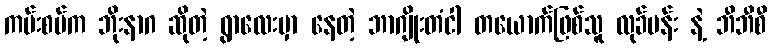
ကမ်းစပ်က ဘိုးနာဂ ဆိုတဲ့ ရွာလေးမှာ နေတဲ့ ဘာဂျိုးတံငါ တယောက်ဖြစ်သူ လုခ်မန်း နဲ့ ဘီဘီစီ